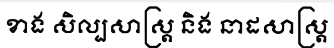
ខាង សិល្បសាស្ត្រ និង នាដសាស្ត្រ